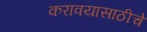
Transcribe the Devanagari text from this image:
करावयासाठीचे